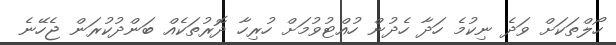
ހޯލްތަކަށް ވަދެ ނިކުމެ ހަދާ ހެދުން ހުއްޓުވުމަށް ހުރިހާ ދޮރުތަކެއް ބަންދުކުރަން ޖެހޭނެ